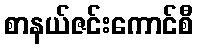
စာနယ်ဇင်းကောင်စီ